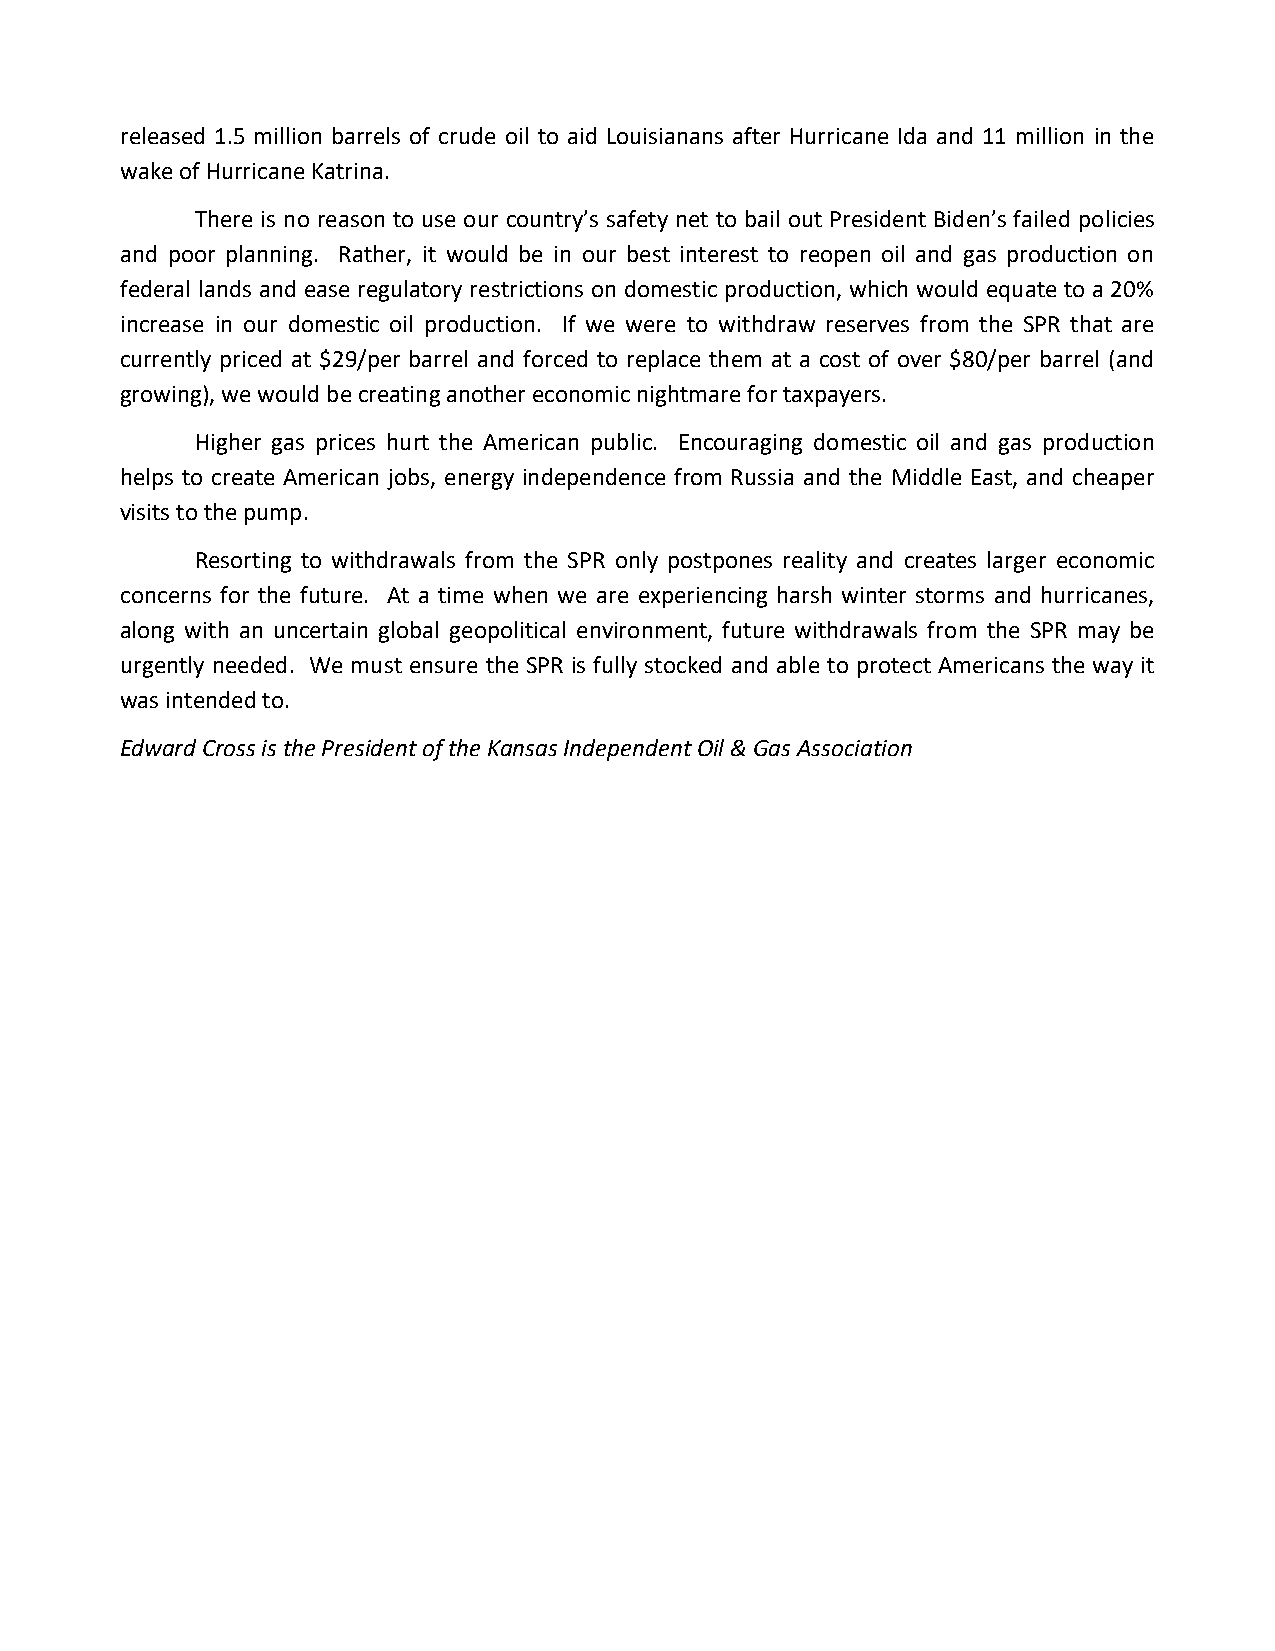
released 1.5 million barrels of crude oil to aid Louisianans after Hurricane Ida and 11 million in the
 wake of Hurricane Katrina.
 There is no reason to use our country’s safety net to bail out President Biden’s failed policies
 and poor planning. Rather, it would be in our best interest to reopen oil and gas production on
 federal lands and ease regulatory restrictions on domestic production, which would equate to a 20%
 increase in our domestic oil production. If we were to withdraw reserves from the SPR that are
 currently priced at $29/per barrel and forced to replace them at a cost of over $80/per barrel (and
 growing), we would be creating another economic nightmare for taxpayers.
 Higher gas prices hurt the American public. Encouraging domestic oil and gas production
 helps to create American jobs, energy independence from Russia and the Middle East, and cheaper
 visits to the pump.
 Resorting to withdrawals from the SPR only postpones reality and creates larger economic
 concerns for the future. At a time when we are experiencing harsh winter storms and hurricanes,
 along with an uncertain global geopolitical environment, future withdrawals from the SPR may be
 urgently needed. We must ensure the SPR is fully stocked and able to protect Americans the way it
 was intended to.
 Edward Cross is the President of the Kansas Independent Oil & Gas Association